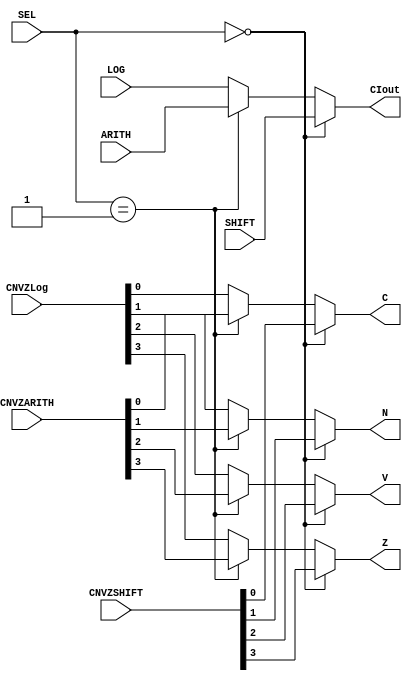
module muxOUT(SHIFT, ARITH, LOG, SEL, CIout, C,N,V,Z, CNVZSHIFT, CNVZLog, CNVZARITH);
  // inputs
  input [1:0] SEL;
  input [7:0] SHIFT;
  input [7:0] ARITH;
  input [7:0] LOG;
  
  
  //4 bits for each C,N,V and Z, the mux must take in the 4 and then choose which data to display
  input [3:0] CNVZSHIFT;
  input [3:0] CNVZLog;
  input [3:0] CNVZARITH;

  
  
  // outputs
  output [7:0] CIout;
  output C;
  output N;
  output V;
  output Z;
  
  
  assign CIout = (SEL==2'b00) ? SHIFT:((SEL==2'b01)? ARITH: LOG);
  assign C= (SEL==2'b00) ? CNVZSHIFT[0]:((SEL==2'b01)? CNVZARITH[0]: CNVZLog[0]);
  assign N= (SEL==2'b00) ? CNVZSHIFT[1]:((SEL==2'b01)? CNVZARITH[1]: CNVZLog[1]);
  assign V= (SEL==2'b00) ? CNVZSHIFT[2]:((SEL==2'b01)? CNVZARITH[2]: CNVZLog[2]);
  assign Z= (SEL==2'b00) ? CNVZSHIFT[3]:((SEL==2'b01)? CNVZARITH[3]: CNVZLog[3]);

endmodule